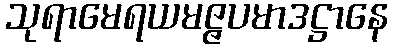
သုရာမေရယမဇ္ဇပမာဒဋ္ဌာနေ